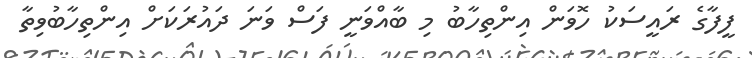
ފީފާގެ ރައީސަކު ހޮވަން އިންތިހާބު މި ބާއްވަނީ ފަސް ވަނަ ދައުރަކަށް އިންތިހާބުވިތާ